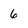
Character: 6